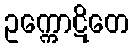
ဥက္ကောဋိတေ